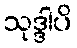
သုဒ္ဒါပိ